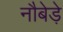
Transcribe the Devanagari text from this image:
नौबेड़े